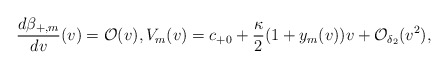
\begin{align*} \frac{d\beta_{+,m}}{dv}(v)= \mathcal{O}(v),V_m(v)=c_{+0}+\frac{\kappa}{2}(1+y_m(v))v+\mathcal{O}_{\delta_2}(v^2),\end{align*}